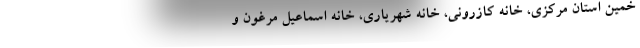
خمین استان مرکزی، خانه کازرونی، خانه شهریاری، خانه اسماعیل مرغون و